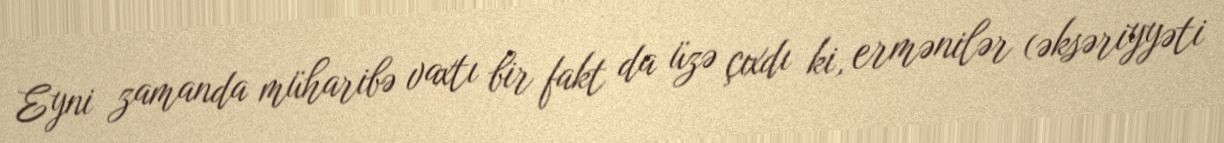
Eyni zamanda müharibə vaxtı bir fakt da üzə çıxdı ki, ermənilər (əksəriyyəti